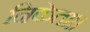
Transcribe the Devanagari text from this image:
निकेता।।